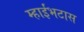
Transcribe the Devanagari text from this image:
म्हाईंभटास